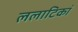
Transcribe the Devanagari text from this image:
ललाटिकां